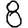
Digit: 8